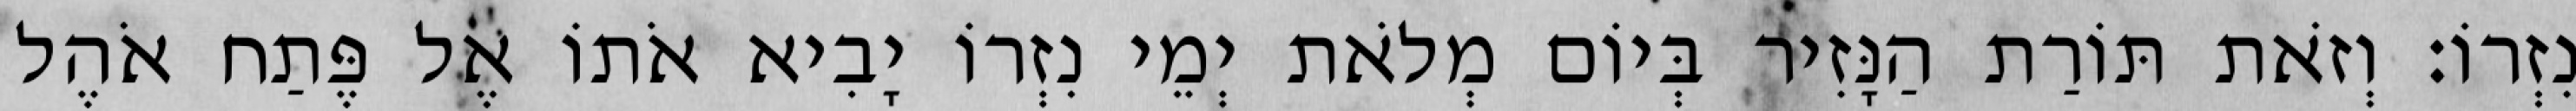
נִזְרוֹ׃ וְזֹאת תּוֹרַת הַנָּזִיר בְּיוֹם מְלֹאת יְמֵי נִזְרוֹ יָבִיא אֹתוֹ אֶל פֶּתַח אֹהֶל